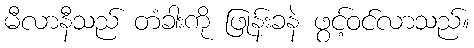
မီလာနီသည် တံခါးကို ဖြုန်းခနဲ ဖွင့်ဝင်လာသည်။